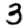
Digit: 3